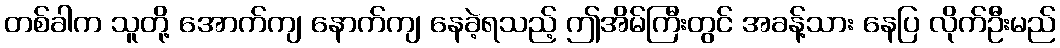
တစ်ခါက သူတို့ အောက်ကျ နောက်ကျ နေခဲ့ရသည့် ဤအိမ်ကြီးတွင် အခန့်သား နေပြ လိုက်ဦးမည်